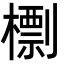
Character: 檦